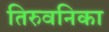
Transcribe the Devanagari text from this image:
तिरुवनिका